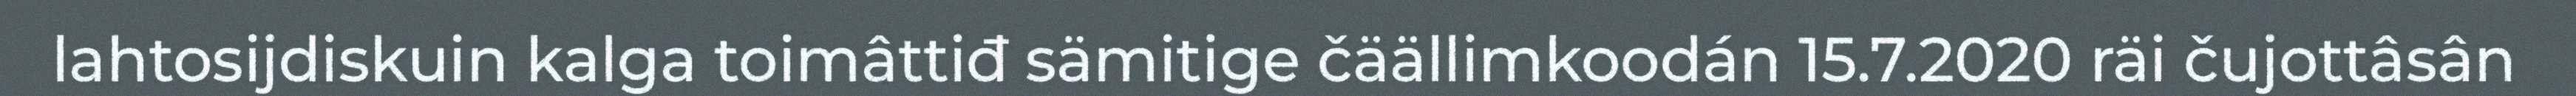
lahtosijdiskuin kalga toimâttiđ sämitige čäällimkoodán 15.7.2020 räi čujottâsân